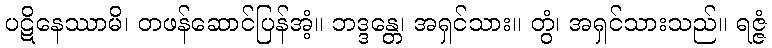
ပဋိနေဿာမိ၊ တဖန်ဆောင်ပြန်အံ့။ ဘဒ္ဒန္တေ၊ အရှင်သား။ တွံ၊ အရှင်သားသည်။ ရဇ္ဇံ